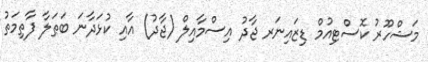
މަޝްހޫރު ކޮސްޓިއުމް ޑިޒައިނަރ ޖާދު އިސްމާއިލް (ޖާދު) އާއި ކުޅަދާނަ ބަޠަލާ ފާތިމަތު